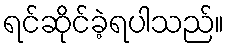
ရင်ဆိုင်ခဲ့ရပါသည်။